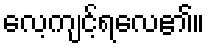
လေ့ကျင့်ရလေ၏။